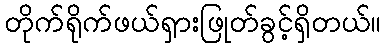
တိုက်ရိုက်ဖယ်ရှားဖြုတ်ခွင့်ရှိတယ်။